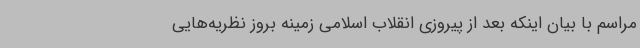
مراسم با بیان اینکه بعد از پیروزی انقلاب اسلامی زمینه بروز نظریه‌هایی